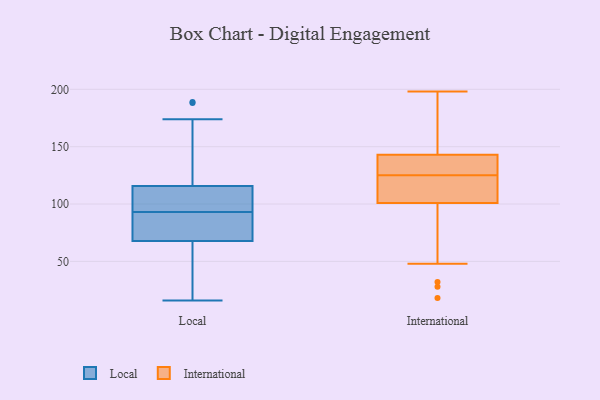
{"axis": {"x": "LTV (USD)", "y": "Value"}, "legend": ["International", "Local"], "data": [{"x": "", "y": 41, "type": "Local"}, {"x": "", "y": 174, "type": "Local"}, {"x": "", "y": 93, "type": "Local"}, {"x": "", "y": 94, "type": "Local"}, {"x": "", "y": 16, "type": "Local"}, {"x": "", "y": 189, "type": "Local"}, {"x": "", "y": 119, "type": "Local"}, {"x": "", "y": 47, "type": "Local"}, {"x": "", "y": 65, "type": "Local"}, {"x": "", "y": 79, "type": "Local"}, {"x": "", "y": 96, "type": "Local"}, {"x": "", "y": 188, "type": "Local"}, {"x": "", "y": 82, "type": "Local"}, {"x": "", "y": 106, "type": "Local"}, {"x": "", "y": 76, "type": "Local"}, {"x": "", "y": 129, "type": "International"}, {"x": "", "y": 18, "type": "International"}, {"x": "", "y": 198, "type": "International"}, {"x": "", "y": 117, "type": "International"}, {"x": "", "y": 101, "type": "International"}, {"x": "", "y": 32, "type": "International"}, {"x": "", "y": 143, "type": "International"}, {"x": "", "y": 147, "type": "International"}, {"x": "", "y": 158, "type": "International"}, {"x": "", "y": 132, "type": "International"}, {"x": "", "y": 28, "type": "International"}, {"x": "", "y": 120, "type": "International"}, {"x": "", "y": 151, "type": "International"}, {"x": "", "y": 121, "type": "International"}, {"x": "", "y": 110, "type": "International"}, {"x": "", "y": 48, "type": "International"}, {"x": "", "y": 130, "type": "International"}, {"x": "", "y": 140, "type": "International"}]}